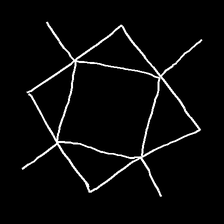
Glyph: light